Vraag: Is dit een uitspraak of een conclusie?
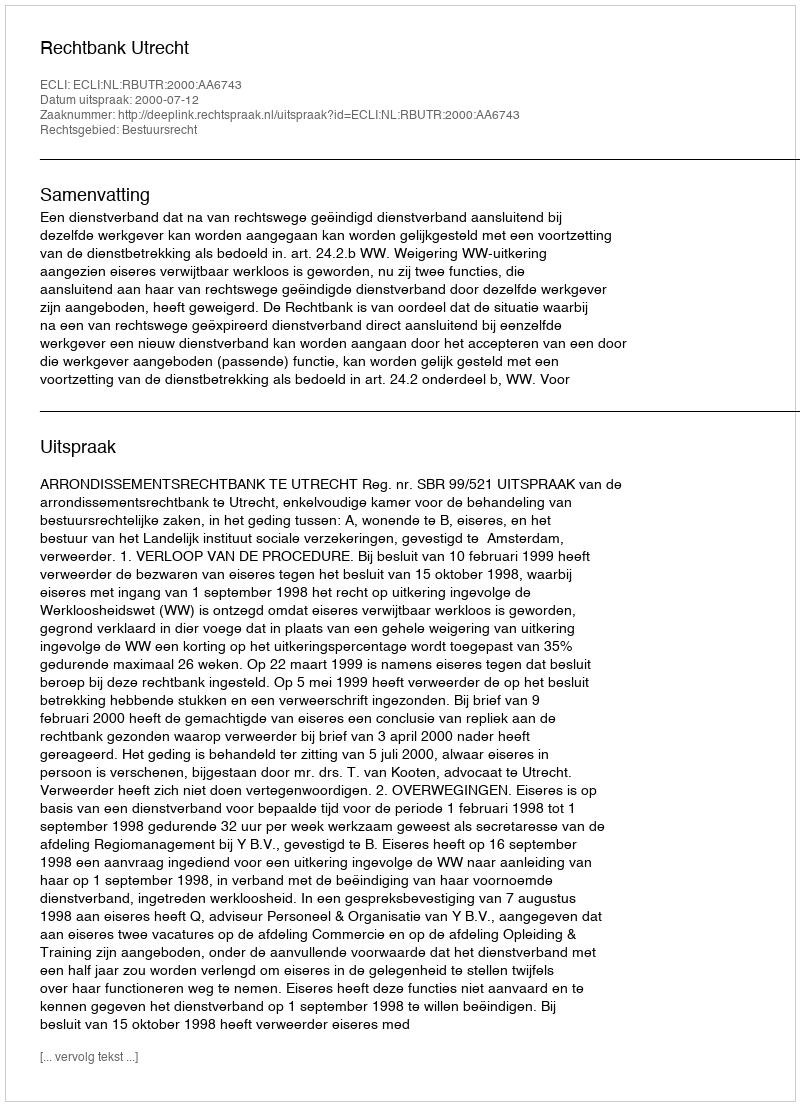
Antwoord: Uitspraak